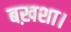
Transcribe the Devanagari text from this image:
बख़शा।